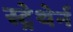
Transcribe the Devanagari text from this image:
स्ट्रेथेर्न